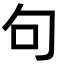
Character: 句